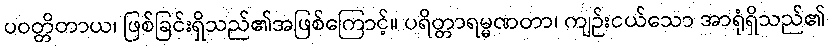
ပဝတ္တိတာယ၊ ဖြစ်ခြင်းရှိသည်၏အဖြစ်ကြောင့်။ ပရိတ္တာရမ္မဏတာ၊ ကျဉ်းငယ်သော အာရုံရှိသည်၏